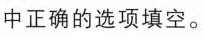
中正确的选项填空。